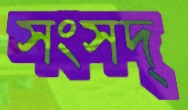
সংসদ্‌